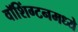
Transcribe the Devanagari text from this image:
वॉशिंग्टनमध्ये